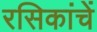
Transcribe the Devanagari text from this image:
रसिकांचें